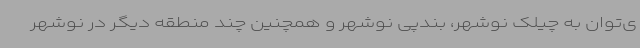
ی‌توان به چیلک نوشهر، بندپی نوشهر و همچنین چند منطقه دیگر در نوشهر